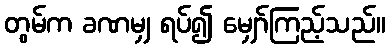
တွမ်က ခဏမျှ ရပ်၍ မျှော်ကြည့်သည်။